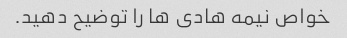
خواص نیمه هادی ها را توضیح دهید.